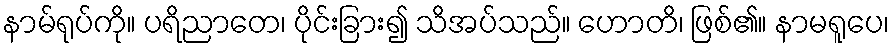
နာမ်ရုပ်ကို။ ပရိညာတေ၊ ပိုင်းခြား၍ သိအပ်သည်။ ဟောတိ၊ ဖြစ်၏။ နာမရူပေ၊